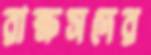
রাক্ষসদের